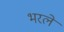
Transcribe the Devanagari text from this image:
भरलें